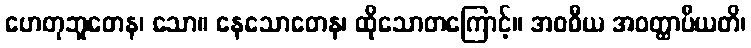
ဟေတုဘူတေန၊ သော။ နေသောတေန၊ ထိုသောတကြောင့်။ အဝဓီယ အဝတ္ထာပီယတိ၊